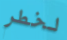
لخطر